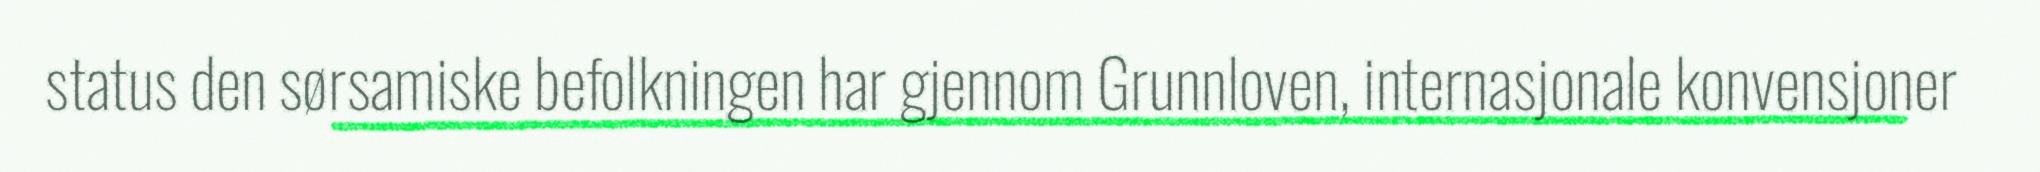
status den sørsamiske befolkningen har gjennom Grunnloven, internasjonale konvensjoner